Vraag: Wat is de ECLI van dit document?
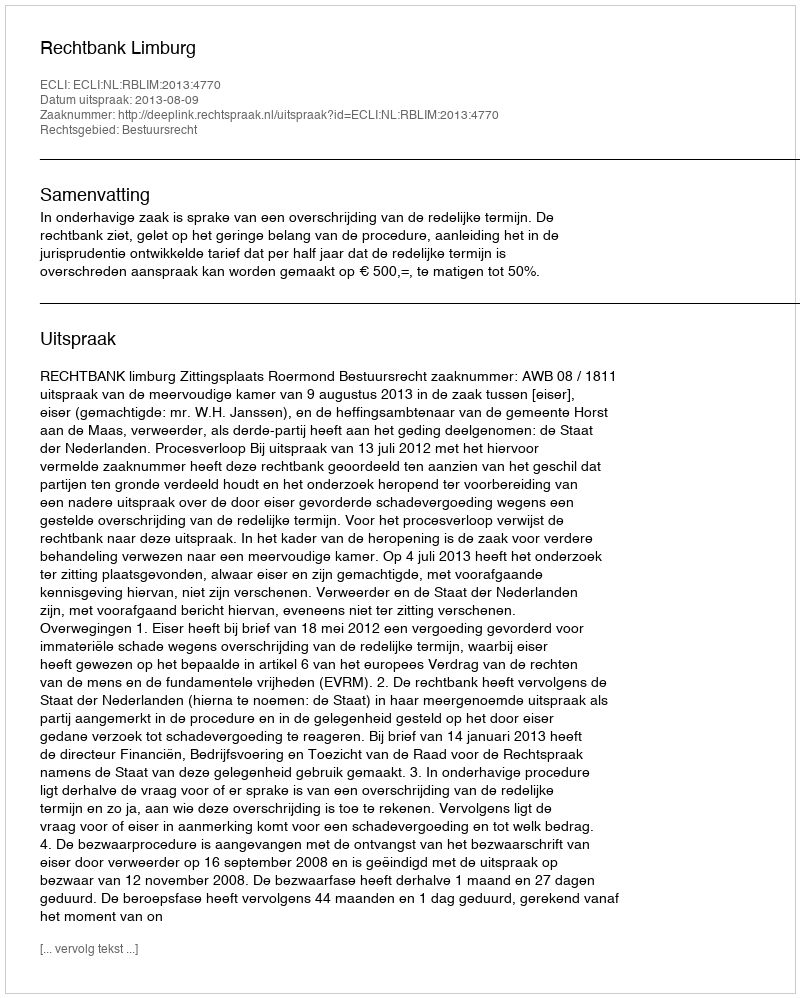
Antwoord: ECLI:NL:RBLIM:2013:4770